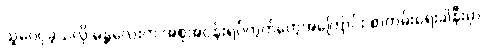
သူဝေငှခဲ့သလို မန္တလေးက အစုအငန်းရပ်ကွက်တွေအကြောင်း စာတမ်းရေးခါနီးမှာ